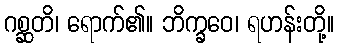
ဂစ္ဆတိ၊ ရောက်၏။ ဘိက္ခဝေ၊ ရဟန်းတို့။